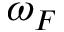
\omega _ { F }